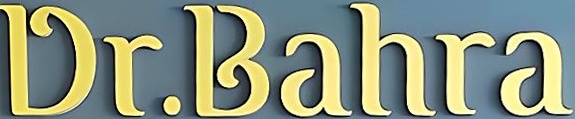
Dr.Bahra